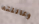
وعائلته